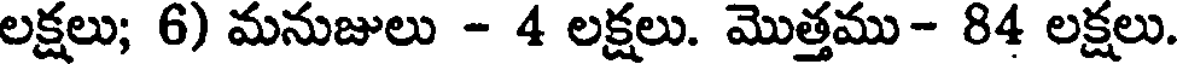
లక్షలు; 6) మనుజులు - 4 లక్షలు. మొత్తము- 84 లక్షలు.